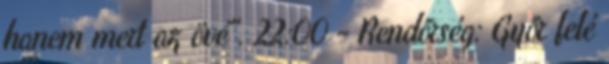
hanem mert az övé". 22:00 - Rendőrség: Győr felé